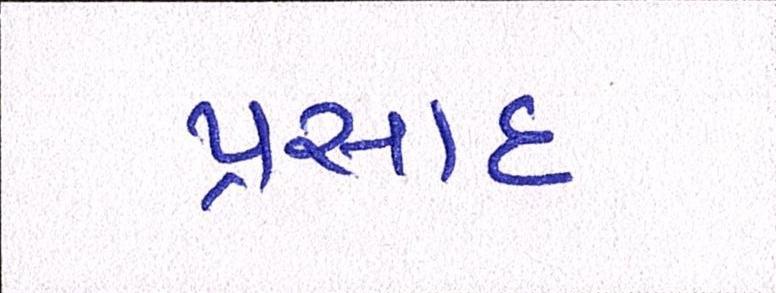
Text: પ્રસાદ